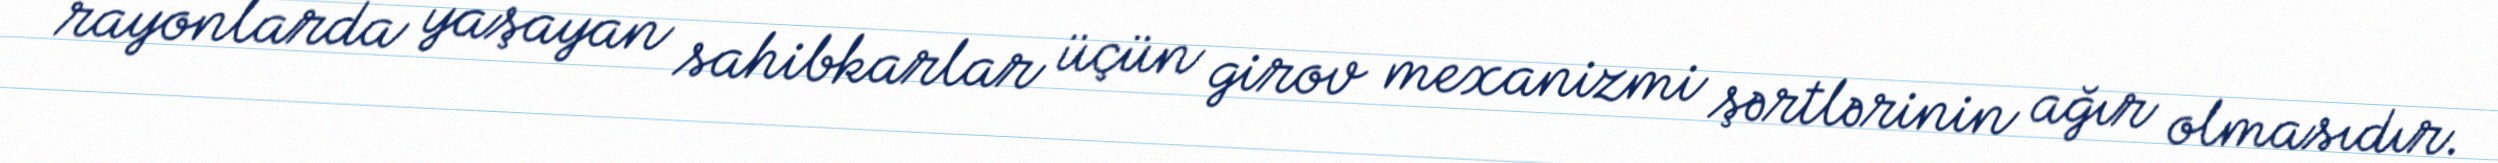
rayonlarda yaşayan sahibkarlar üçün girov mexanizmi şərtlərinin ağır olmasıdır.